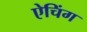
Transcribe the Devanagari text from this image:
ऐचिंग